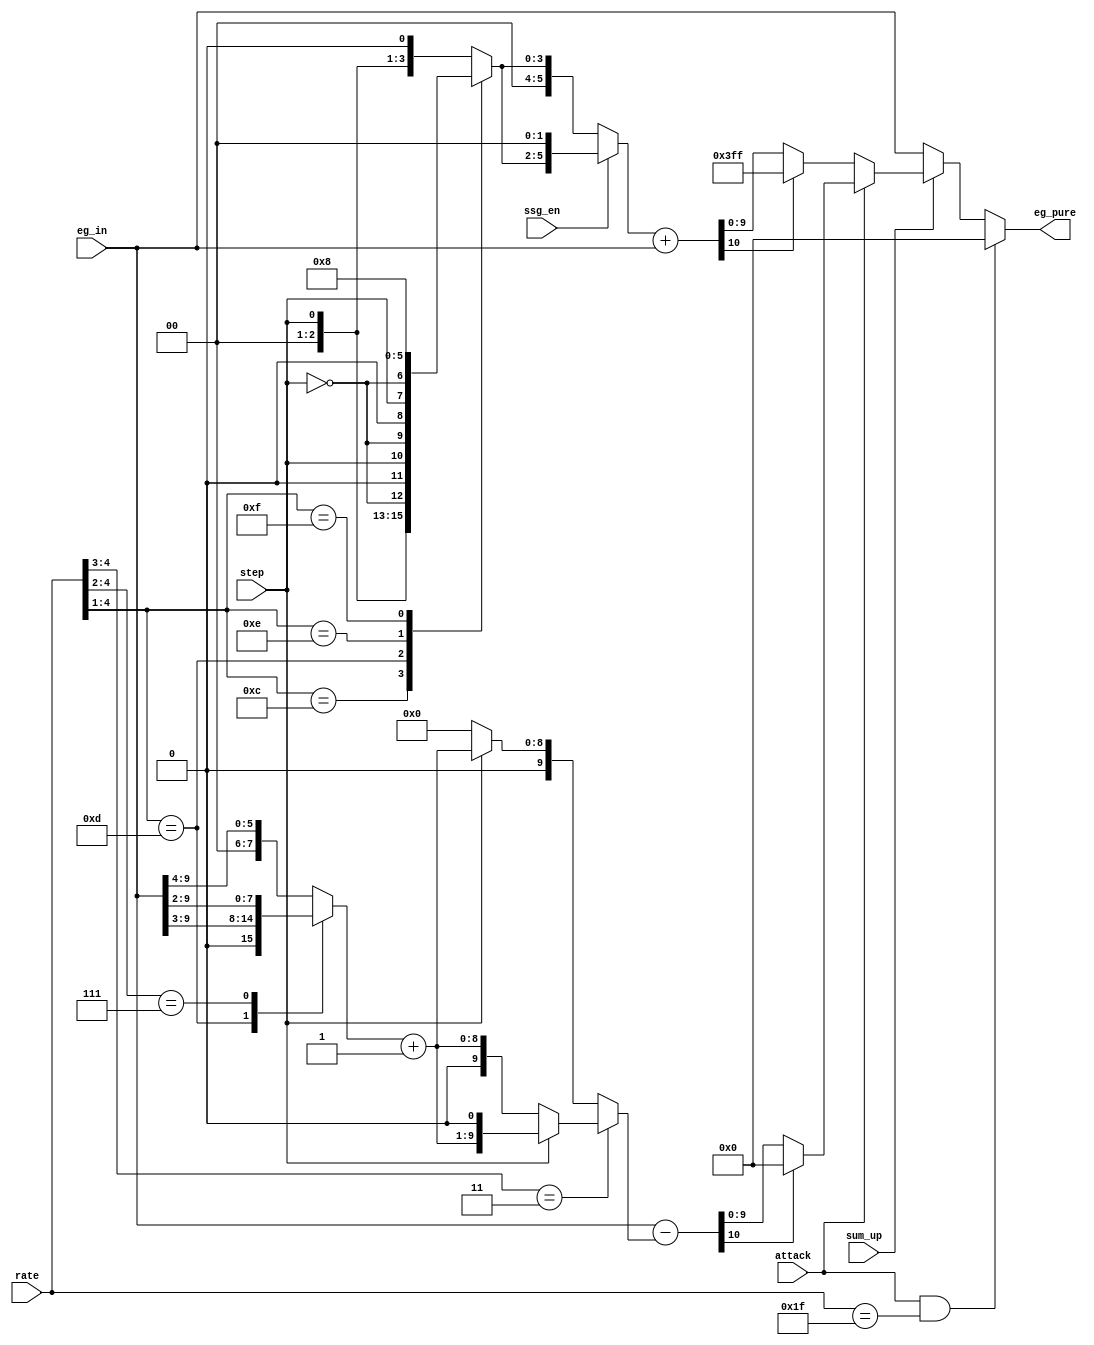
// This program was cloned from: https://github.com/MiSTer-devel/MegaCD_MiSTer
// License: GNU General Public License v3.0

/*  This file is part of JT12.

	JT12 is free software: you can redistribute it and/or modify
	it under the terms of the GNU General Public License as published by
	the Free Software Foundation, either version 3 of the License, or
	(at your option) any later version.

	JT12 is distributed in the hope that it will be useful,
	but WITHOUT ANY WARRANTY; without even the implied warranty of
	MERCHANTABILITY or FITNESS FOR A PARTICULAR PURPOSE.  See the
	GNU General Public License for more details.

	You should have received a copy of the GNU General Public License
	along with JT12.  If not, see <http://www.gnu.org/licenses/>.

	Author: Jose Tejada Gomez. Twitter: @topapate
	Version: 1.0
	Date: 29-10-2018

	*/

module jt12_eg_pure(
	input			attack,
	input			step,
	input [ 5:1]	rate,
	input [ 9:0]	eg_in,
	input 			ssg_en,	
	input 			sum_up,
	output reg  [9:0] eg_pure
);

reg [ 3:0] 	dr_sum;
reg [ 9:0]	dr_adj;
reg	[10:0]	dr_result;

always @(*) begin : dr_calculation
	case( rate[5:2] )
		4'b1100: dr_sum = { 2'b0, step, ~step }; // 12
		4'b1101: dr_sum = { 1'b0, step, ~step, 1'b0 }; // 13
		4'b1110: dr_sum = { step, ~step, 2'b0 }; // 14
		4'b1111: dr_sum = 4'd8;// 15
		default: dr_sum = { 2'b0, step, 1'b0 };
	endcase
	// Decay rate attenuation is multiplied by 4 for SSG operation
	dr_adj = ssg_en ? {4'd0, dr_sum, 2'd0} : {6'd0, dr_sum};
	dr_result = dr_adj + eg_in;
end

reg [ 7:0] ar_sum0;
reg [ 8:0] ar_sum1;
reg [10:0] ar_result;
reg [ 9:0] ar_sum;

always @(*) begin : ar_calculation
	casez( rate[5:2] )
		default: ar_sum0 = {2'd0, eg_in[9:4]};
		4'b1101: ar_sum0 = {1'd0, eg_in[9:3]};
		4'b111?: ar_sum0 = eg_in[9:2];
	endcase
	ar_sum1 = ar_sum0+9'd1;
	if( rate[5:4] == 2'b11 )
		ar_sum = step ? { ar_sum1, 1'b0 } : { 1'b0, ar_sum1 };
	else
		ar_sum = step ? { 1'b0, ar_sum1 } : 10'd0;
	ar_result = eg_in-ar_sum;
end
///////////////////////////////////////////////////////////
// rate not used below this point
reg [9:0] eg_pre_fastar; // pre fast attack rate
always @(*) begin
	if(sum_up) begin
		if( attack  )
			eg_pre_fastar = ar_result[10] ? 10'd0: ar_result[9:0];
		else 
			eg_pre_fastar = dr_result[10] ? 10'h3FF : dr_result[9:0];
	end
	else eg_pre_fastar = eg_in;
	eg_pure = (attack&rate[5:1]==5'h1F) ? 10'd0 : eg_pre_fastar;
end

endmodule // jt12_eg_pure